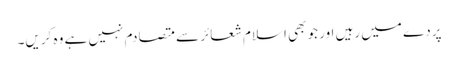
پردے میں رہیں اور جو بھی اسلام شعائر سے متصادم نہیں ہے وہ کریں۔